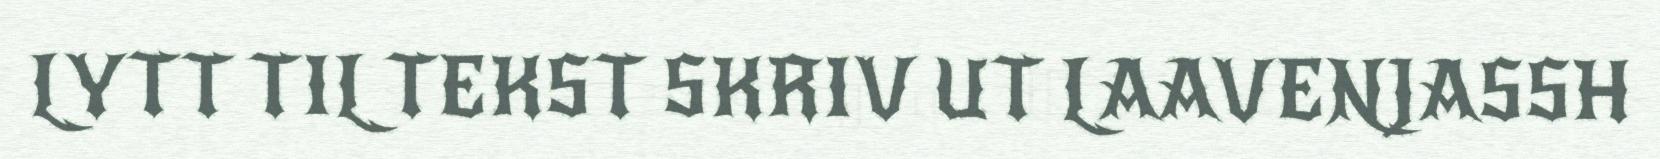
LYTT TIL TEKST SKRIV UT LAAVENJASSH